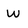
Character: W